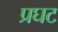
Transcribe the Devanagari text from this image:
प्रघट